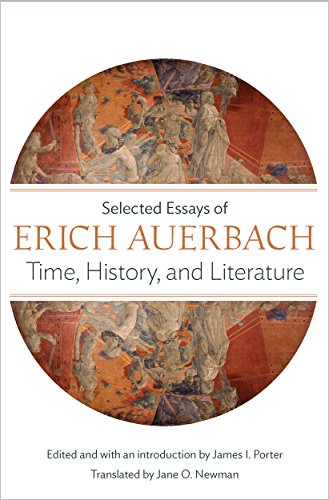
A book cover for Time, History, and Literature: Selected Essays of Erich Auerbach; Erich Auerbach; Literature & Fiction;